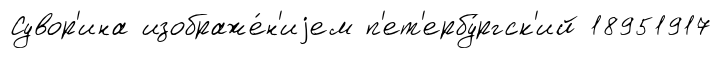
Сувор'ина изображе́н'иjем п'ет'ербу́ргск'ий 18951917